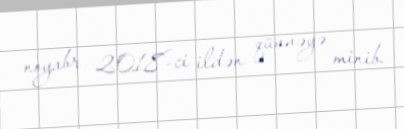
noyabr 2018-ci ildən qüvvəyə minib.